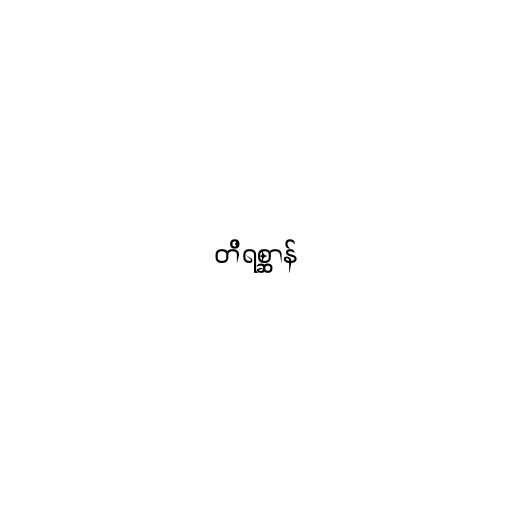
တိရစ္ဆာန်